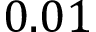
0 . 0 1